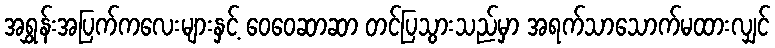
အရွှန်းအပြက်ကလေးများနှင့် ဝေဝေဆာဆာ တင်ပြသွားသည်မှာ အရက်သာသောက်မထားလျှင်